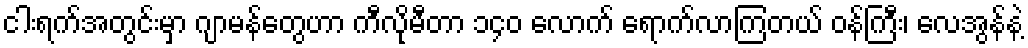
ငါးရက်အတွင်းမှာ ဂျာမန်တွေဟာ ကီလိုမီတာ ၁၄၀ လောက် ရောက်လာကြတယ် ဝန်ကြီး၊ လေအွန်နဲ့